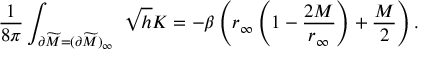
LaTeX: { \frac { 1 } { 8 \pi } } \int _ { \partial \widetilde M = ( \partial \widetilde M ) _ { \infty } } \ \sqrt { h } K = - \beta \left( r _ { \infty } \left( 1 - { \frac { 2 M } { r _ { \infty } } } \right) + { \frac { M } { 2 } } \right) .